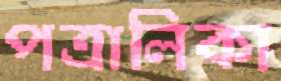
পত্রালিকা